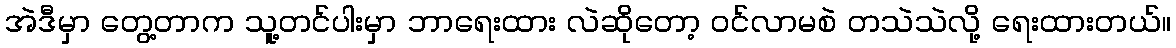
အဲဒီမှာ တွေ့တာက သူ့တင်ပါးမှာ ဘာရေးထား လဲဆိုတော့ ဝင်လာမစဲ တသဲသဲလို့ ရေးထားတယ်။